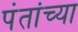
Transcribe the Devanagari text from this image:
पंतांच्या